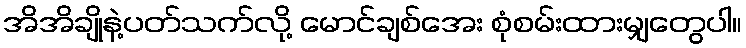
အိအိချိုနဲ့ပတ်သက်လို့ မောင်ချစ်အေး စုံစမ်းထားမျှတွေပါ။